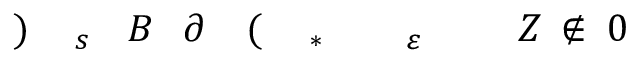
\! \! \! \! \! \! \! \! \! \! \! 0 \! \! \! \! \! \! \! \! \! \! \! \! \notin \! \! \! \! \! \! \! \! \! \! \! \! Z \! \! \! \! \! \! \! \! \! \! \! \! _ { \! \! \! \! \! \! \! \! \! \! \! \! \varepsilon \! \! \! \! \! \! \! \! \! \! \! \! ^ { \! } \! \! \! \! \! \! \! \! \! \! \! * } \! \! \! \! \! \! \! \! \! \! \! \! ( \! \! \! \! \! \! \! \! \! \! \! \! \partial \! \! \! \! \! \! \! \! \! \! \! \! B \! \! \! \! \! \! \! \! \! \! \! \! _ { s } \! \! \! \! \! \! \! \! \! \! \! \! ) \! \! \! \! \! \! \! \! \! \! \!